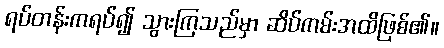
ရပ်တန်းကရပ်၍ သွားကြသည်မှာ ဆိပ်ကမ်းအထိဖြစ်၏။